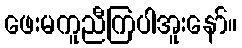
ဖေးမကူညီကြပါအူးနော်။